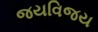
જયવિજય